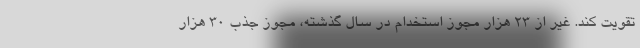
تقویت کند. غیر از 23 هزار مجوز استخدام در سال گذشته، مجوز جذب 30 هزار